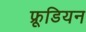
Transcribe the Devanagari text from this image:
फ्रूडियन